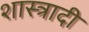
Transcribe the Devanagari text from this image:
शास्त्रादी